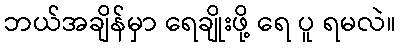
ဘယ်အချိန်မှာ ရေချိုးဖို့ ရေ ပူ ရမလဲ။